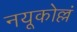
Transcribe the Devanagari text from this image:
नयूकोल्लं